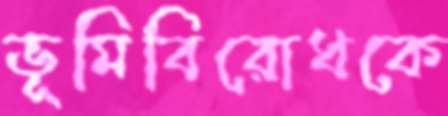
ভূমিবিরোধকে